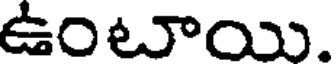
ఉంటాయి.